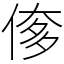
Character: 偧